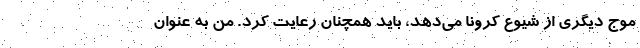
موج دیگری از شیوع کرونا می‌دهد، باید همچنان رعایت کرد. من به عنوان